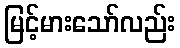
မြင့်မားသော်လည်း